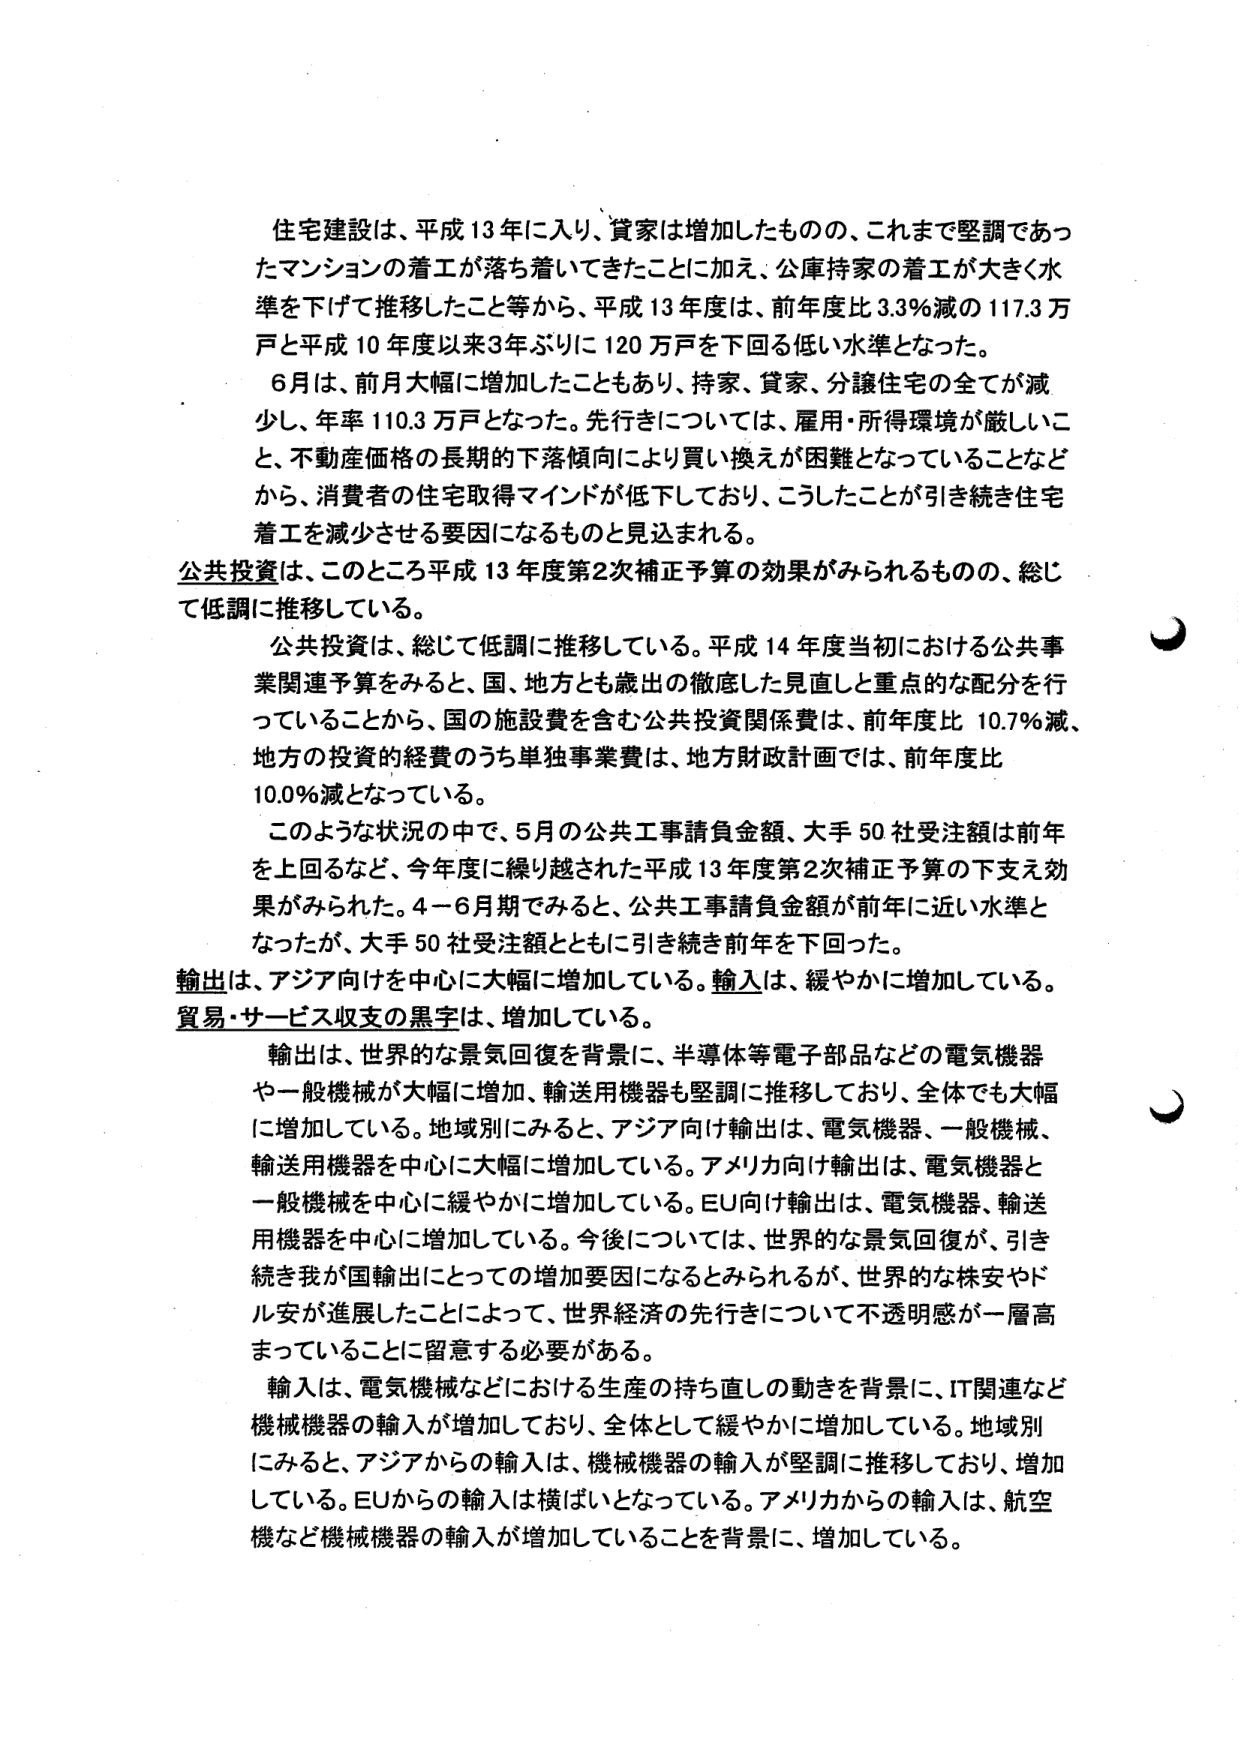
住宅建設は、平成13年に入り、貸家は増加したものの、これまで堅調であったマンションの着工が落ち着いてきたことに加え、公庫持家の着工が大きく水準を下げて推移したこと等から、平成13年度は、前年度比3.3％減の117.3万戸と平成10年度以来3年ぶりに120万戸を下回る低い水準となった。

6月は、前月大幅に増加したこともあり、持家、貸家、分譲住宅の全てが減少し、年率110.3万戸となった。先行きについては、雇用・所得環境が厳しいこと、不動産価格の長期的下落傾向により買い換えが困難となっていることなどから、消費者の住宅取得マインドが低下しており、こうしたことが引き続き住宅着工を減少させる要因になるものと見込まれる。

公共投資は、このところ平成13年度第2次補正予算の効果がみられるものの、総じて低調に推移している。

公共投資は、総じて低調に推移している。平成14年度当初における公共事業関連予算をみると、国、地方とも歳出の徹底した見直しと重点的な配分を行っていることから、国の施設費を含む公共投資関係費は、前年度比10.7％減、地方の投資の経費のうち単独事業費は、地方財政計画では、前年度比10.0％減となっている。

このような状況の中で、5月の公共工事請負金額、大手50社受注額は前年を上回るなど、今年度に繰り越された平成13年度第2次補正予算の下支え効果がみられた。4－6月期でみると、公共工事請負金額が前年に近い水準となったが、大手50社受注額とともに引き続き前年を下回った。

輸出は、アジア向けを中心に大幅に増加している。輸入は、緩やかに増加している。貿易・サービス収支の黒字は、増加している。

輸出は、世界的な景気回復を背景に、半導体等電子部品などの電気機器や一般機械が大幅に増加、輸送用機器も堅調に推移しており、全体でも大幅に増加している。地域別にみると、アジア向け輸出は、電気機器、一般機械、輸送用機器を中心に大幅に増加している。アメリカ向け輸出は、電気機器と一般機械を中心に緩やかに増加している。EU向け輸出は、電気機器、輸送用機器を中心に増加している。今後については、世界的な景気回復が、引き続き我が国輸出にとっての増加要因になるとみられるが、世界的な株安やドル安が進展したことによって、世界経済の先行きについて不透明感が一層高まっていることに留意する必要がある。

輸入は、電気機械などにおける生産の持ち直しの動きを背景に、IT関連など機械機器の輸入が増加しており、全体として緩やかに増加している。地域別にみると、アジアからの輸入は、機械機器の輸入が堅調に推移しており、増加している。EUからの輸入は横ばいとなっている。アメリカからの輸入は、航空機など機械機器の輸入が増加していることを背景に、増加している。